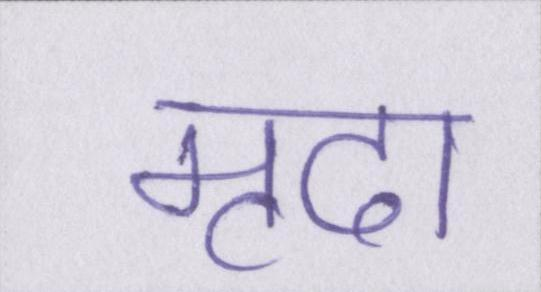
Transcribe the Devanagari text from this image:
मृदा